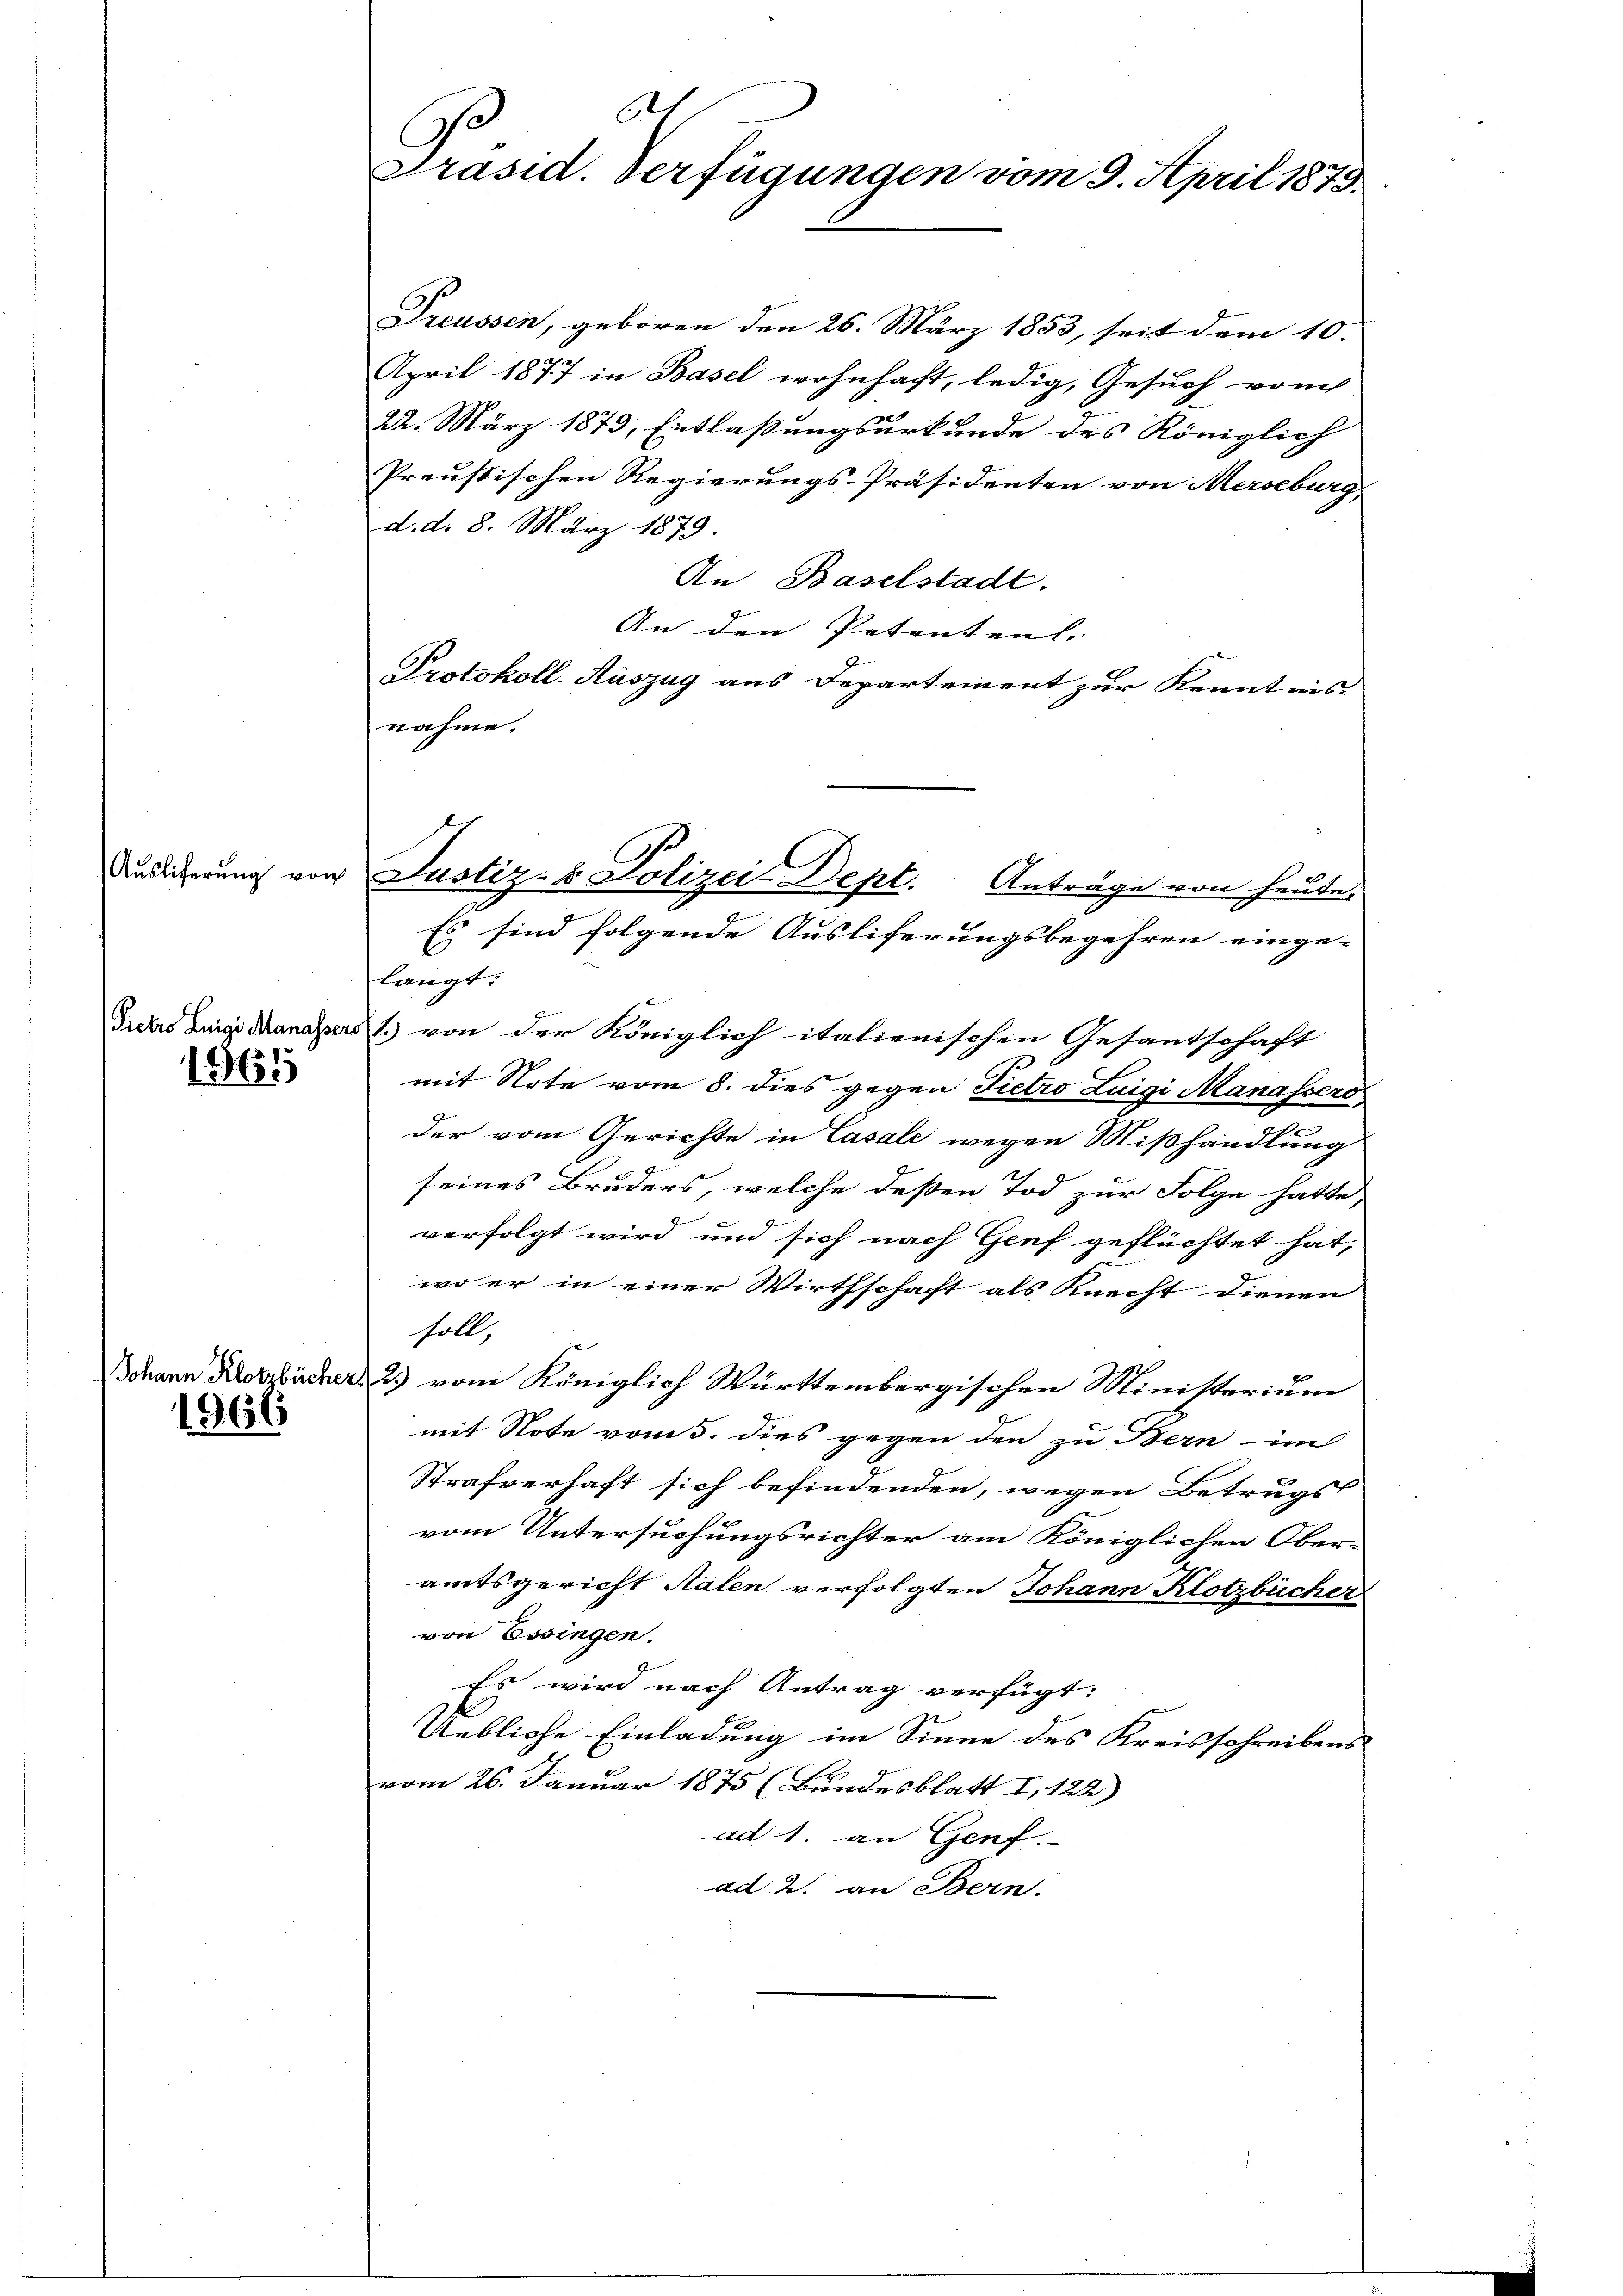
Auslicherung von

1961

1966

bet
C
Präsid. Verfügungen vom 9. April 1873.

Justiz- & Polizei-Dept. Anträge von heute

Preussen, geboren den 26. März 1853, seit dem 10.
April 1877 in Basel wohnhaft, ledig, Gesuch vom
22. März 1873, Entlaßungsurkunde des Königlich
Preußischen Regierungs-Präsidenten von Merseburg
d. d. 8. März 1879.
An Baselstadt.
An den Petenten. |
Protokoll-Auszug aus Departement zur Kenntnis
nahme.
16
 sind folgende Ausliferungsbegehren einge-
langt:
Siches in anders 1. von der Königlich italienischen Gesantschaft
mit Note vom 8. dies gegen Pietro Luigi Manassers
der vom Gerichte in Casale wegen Mißhandlung
seines Bruders, welche deßen Tod zur Folge hatte,
verfolgt wird und sich nach Genf geflüchtet hat,
wo er in einer Wirthschaft als Knecht dienen
soll,
4
Johann Kerzücher 2) vom Königlich Württembergischen Ministerium
mit Note vom 5. dies gegen den zu Bern im
Strafverhaft sich befindenden, wegen Betrugst
vom Untersuchungsrichter am Königlichen Oberamtsgericht Salen verfolgten Johann Klotzbücher
von Essingen.
Es wird nach Antrag verfügt:
Uebliche Einladung im Sinne des Kreisschreibens
vom 26. Januar 1875 (Bundesblatt I, 122)
ad 1. an Genf.
ad 2. an Bern.